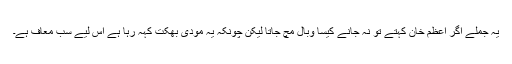
یہ جملے اگر اعظم خان کہتے تو نہ جانے کیسا وبال مچ جاتا لیکن چونکہ یہ مودی بھکت کہہ رہا ہے اس لیے سب معاف ہے۔